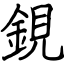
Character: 鋧